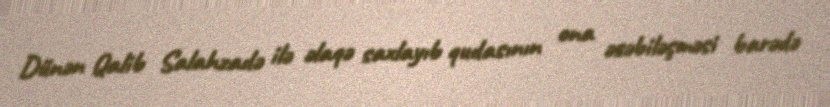
Dünən Qalib Salahzadə ilə əlaqə saxlayıb qudasının ona əsəbiləşməsi barədə